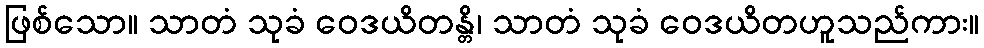
ဖြစ်သော။ သာတံ သုခံ ဝေဒယိတန္တိ၊ သာတံ သုခံ ဝေဒယိတဟူသည်ကား။